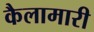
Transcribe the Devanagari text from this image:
कैलामारी